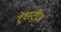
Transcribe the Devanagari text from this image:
ट्रेवस्टीज